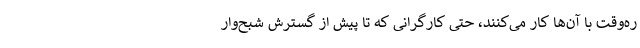
ره‌وقت با آن‌ها کار می‌کنند، حتی کارگرانی که تا پیش از گسترش شبح‌وار